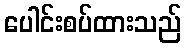
ပေါင်းစပ်ထားသည်